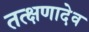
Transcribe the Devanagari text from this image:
तत्क्षणादेव